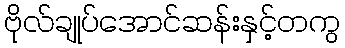
ဗိုလ်ချုပ်အောင်ဆန်းနှင့်တကွ